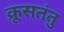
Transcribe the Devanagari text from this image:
क्रूसतंतु